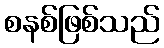
စနစ်ဖြစ်သည်